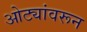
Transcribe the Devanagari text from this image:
ओट्यांवरून